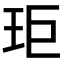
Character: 𭸾